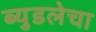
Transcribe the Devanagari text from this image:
ब्युडलेचा